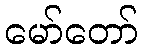
မော်တော်